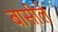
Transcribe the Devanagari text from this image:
बासीले